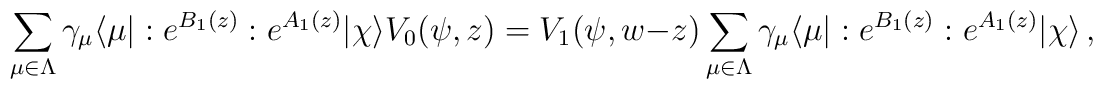
\sum_{\mu\in\Lambda}\gamma_\mu\langle\mu|:e^{B_1(z)}:e^{A_1(z)}|\chi\rangle V_0(\psi,z)=V_1(\psi,w-z)\sum_{\mu\in\Lambda}\gamma_\mu\langle\mu|:e^{B_1(z)}:e^{A_1(z)}|\chi\rangle\,,